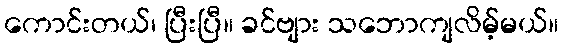
ကောင်းတယ်၊ ပြီးပြီ။ ခင်ဗျား သဘောကျလိမ့်မယ်။